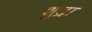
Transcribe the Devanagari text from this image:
शुद्रा